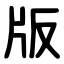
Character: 版